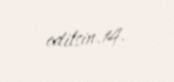
edilsin.14.